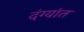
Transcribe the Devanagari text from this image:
दंग्यांत